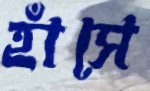
হাঁসে